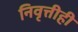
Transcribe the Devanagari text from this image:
निवृत्तीही